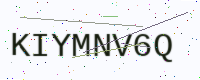
Text: KIYMNV6Q